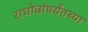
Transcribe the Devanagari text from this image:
राघोबांपर्यंतच्या